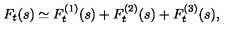
F _ { t } ( s ) \simeq F _ { t } ^ { ( 1 ) } ( s ) + F _ { t } ^ { ( 2 ) } ( s ) + F _ { t } ^ { ( 3 ) } ( s ) ,